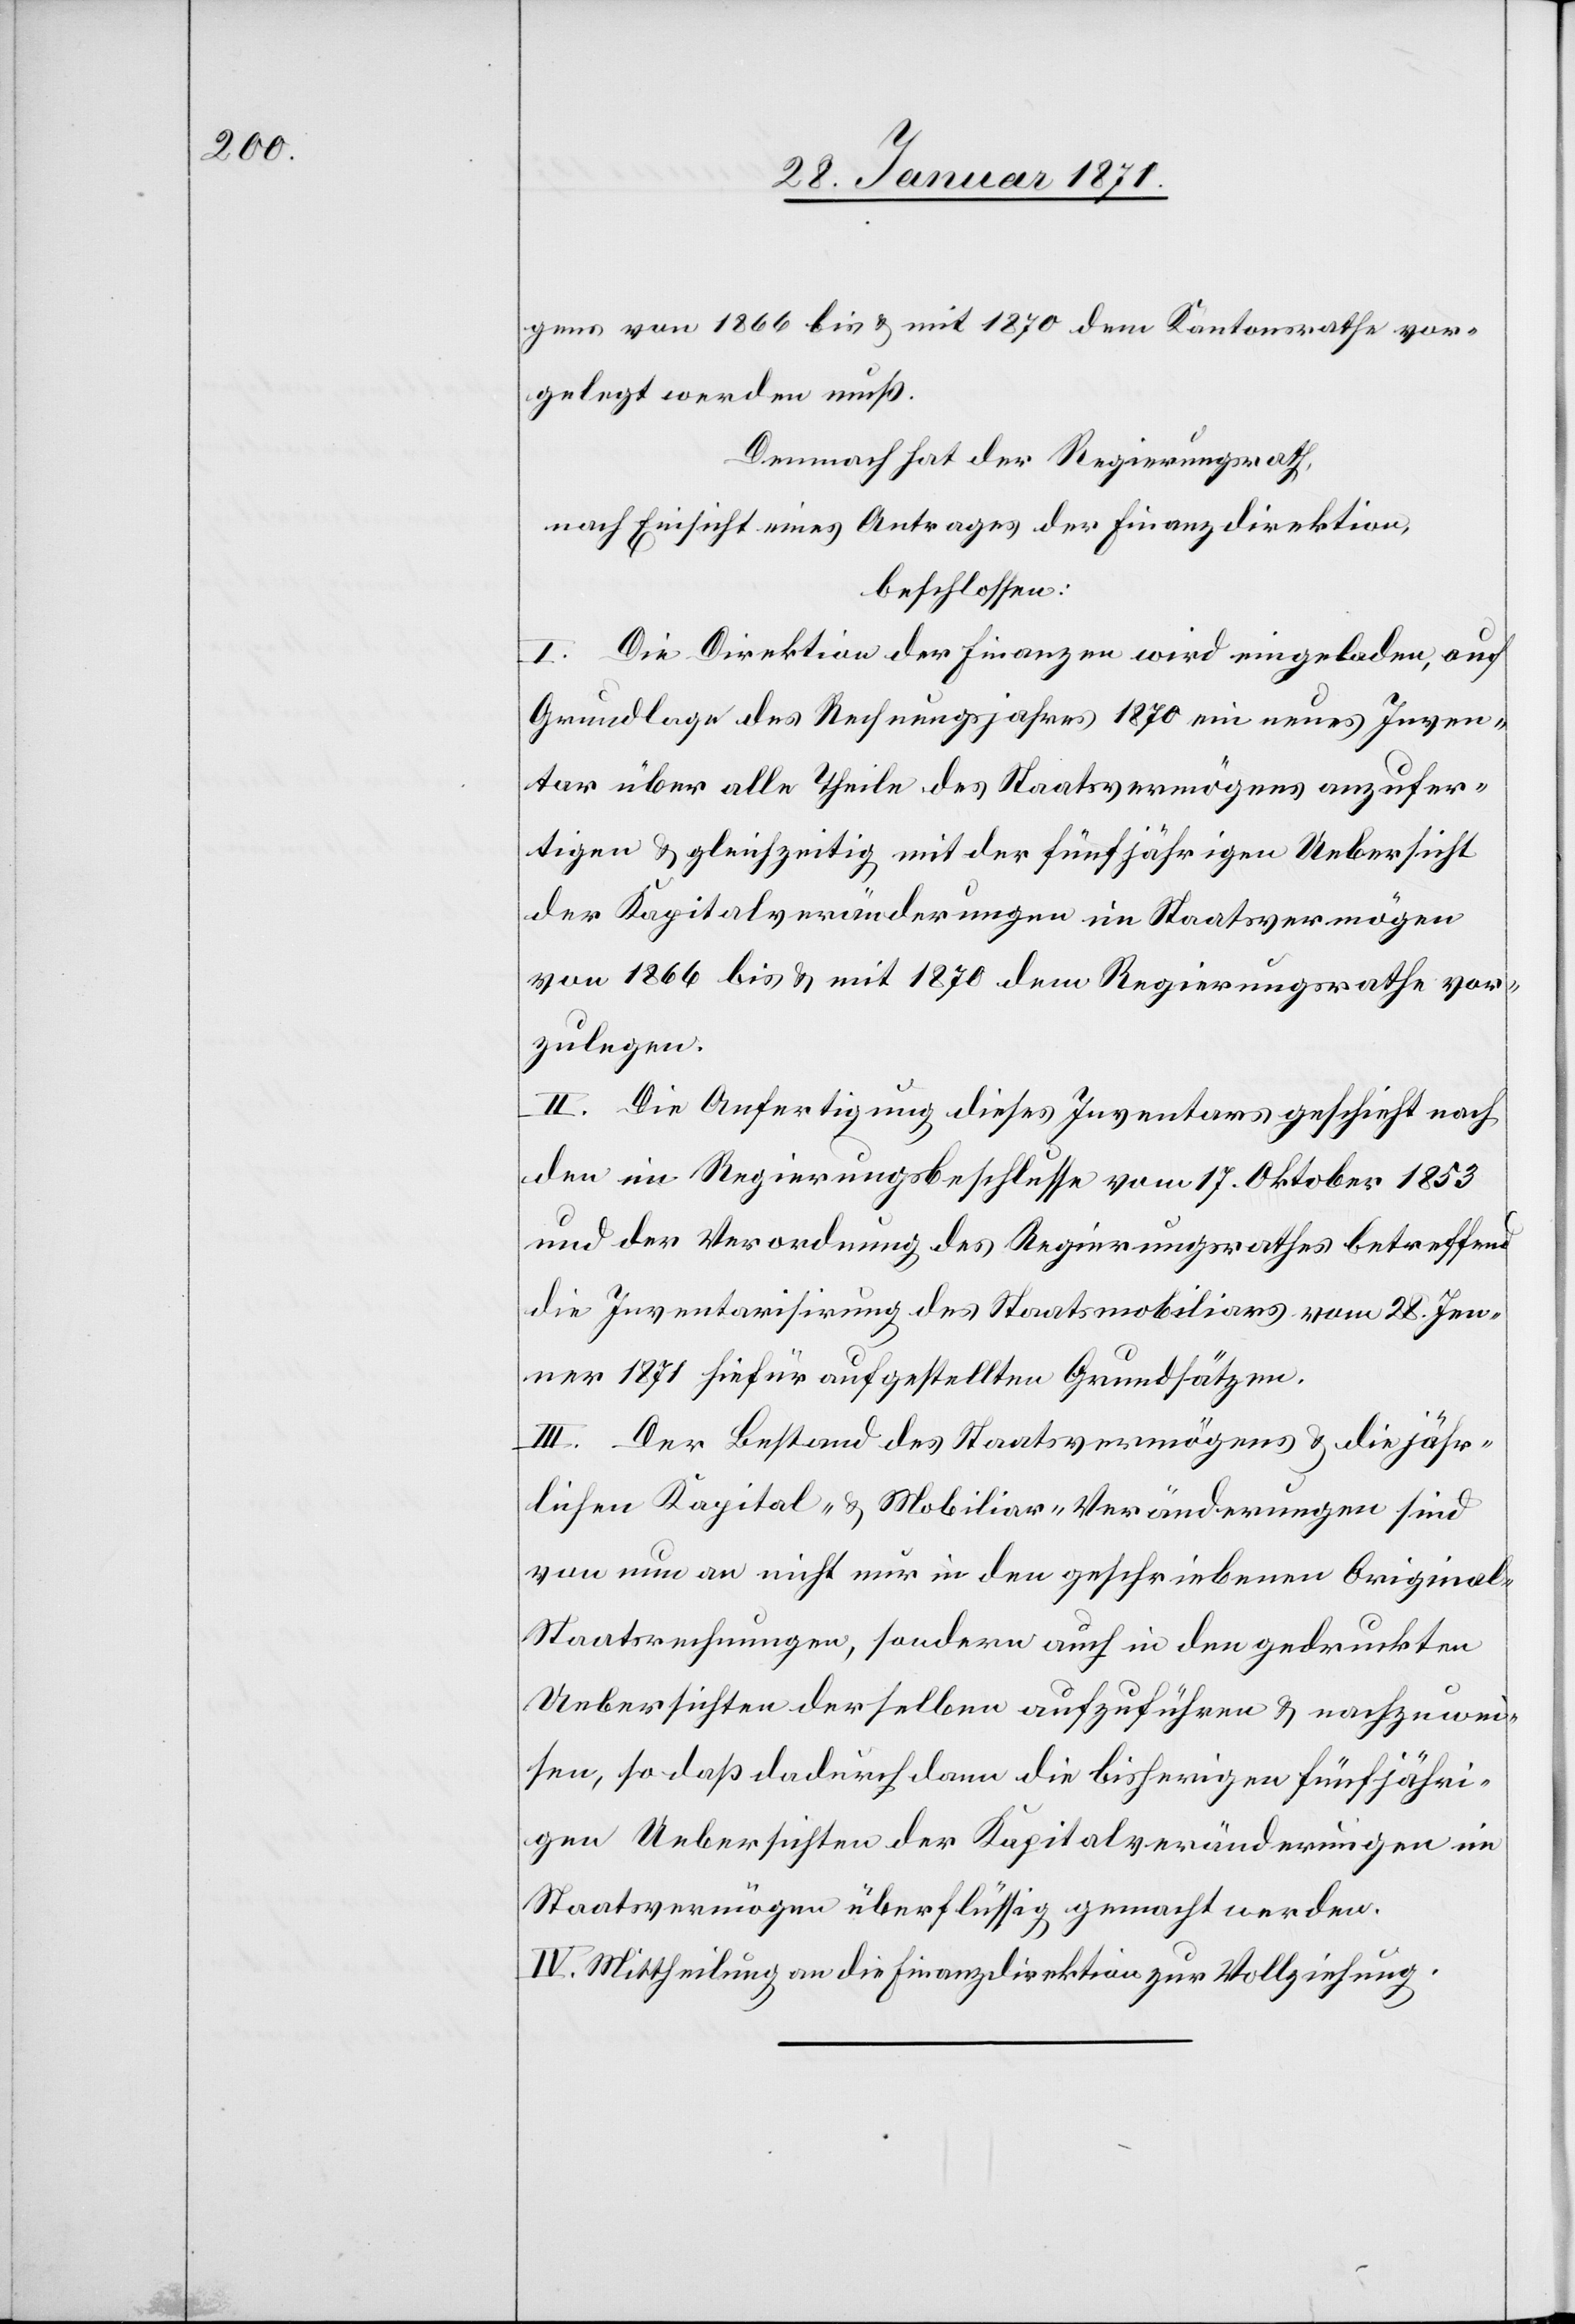
gens von 1866 bis u. mit 1870 dem Kantonsrathe vor¬
gelegt werden muß.
Demnach hat der Regierungsrath,
nach Einsicht eines Antrages der Finanzdirektion,
beschlossen:
I. Die Direktion der Finanzen wird eingeladen, auf
Grundlage des Rechnungsjahres 1870 ein neues Inven¬
tar über alle Theile des Staatsvermögens anzufer¬
tigen u. gleichzeitig mit der fünfjährigen Uebersicht
der Kapitalveränderungen im Staatsvermögen
von 1866 bis u. mit 1870 dem Regierungsrathe vor¬
zulegen.
II. Die Anfertigung dieses Inventars geschieht nach
den im Regierungsbeschlusse vom 17. Oktober 1853
und der Verordnung des Regierungsrathes betreffend
die Inventarisirung des Staatsmobiliars vom 28. Jen¬
ner 1871 hiefür aufgestellten Grundsätzen.
III. Der Bestand des Staatsvermögens u. die jähr¬
lichen Kapital- u. Mobiliar-Veränderungen sind
von nun an nicht nur in den geschriebenen Origina¬
l-Staatsrechnungen, sondern auch in den gedruckten
Uebersichten derselben aufzuführen u. nachzuwei¬
sen, so daß dadurch dann die bisherigen fünfjähri¬
gen Uebersichten der Kapitalveränderungen im
Staatsvermögen überflüssig gemacht werden.
IV. Mittheilung an die Finanzdirektion zur Vollziehung.